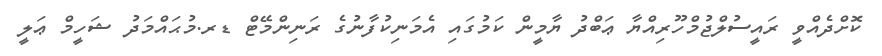
ކޮށްދެއްވީ ރައީސުލްޖުމްހޫރިއްޔާ ޢަބްދު ޔާމީން ކަމުގައި އެމަނިކުފާނުގެ ރަނިންމޭޓް ޑރ.މުޙައްމަދު ޝަހީމް ޢަލީ